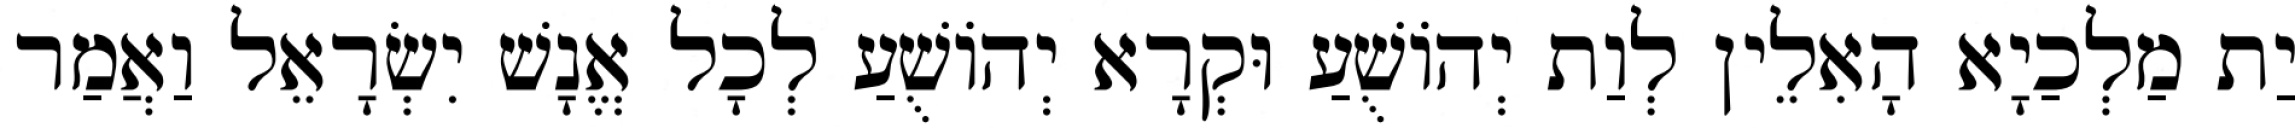
יַת מַלְכַיָא הָאִלֵין לְוַת יְהוֹשֻׁעַ וּקְרָא יְהוֹשֻׁעַ לְכָל אֱנָשׁ יִשְׂרָאֵל וַאֲמַר